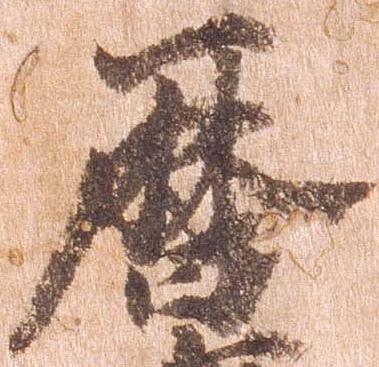
暦